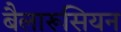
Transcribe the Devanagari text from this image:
बैलारूसियन